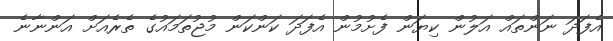
އެފަދަ ނަންތައް އަލުން ކިޔަން ފެށުމުން އެފަދަ ކަންކަން މުޖުތަމައުގެ ތެރެއަށް އަންނާނެ